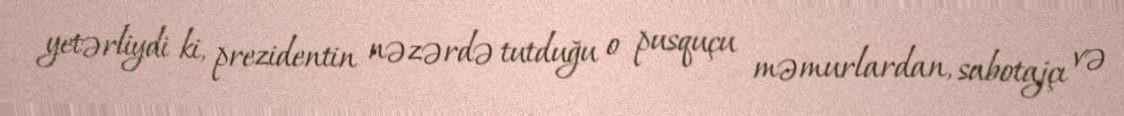
yetərliydi ki, prezidentin nəzərdə tutduğu o pusquçu məmurlardan, sabotajçı və